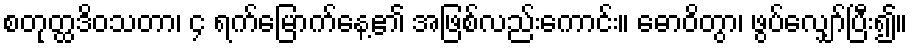
စတုတ္ထဒိဝသတာ၊ ၄ ရက်မြောက်နေ့၏ အဖြစ်လည်းကောင်း။ ဓောဝိတွာ၊ ဖွပ်လျှော်ပြီး၍။